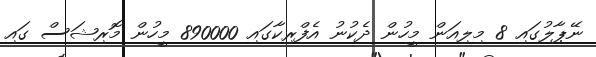
ނޭޕާލުގައި 8 މިލިއަން މީހުން ދެކުނު އެފްރިކާގައި 890000 މީހުން މޮރިޝަސް ގައި